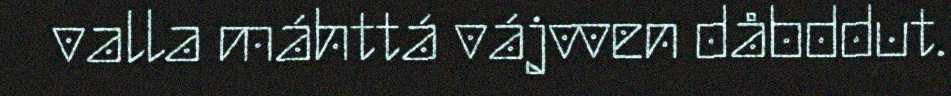
valla máhttá vájvven dåbddut.